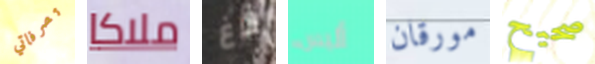
تصرفاتي ملاكا باغ أليس مورقان صحيح